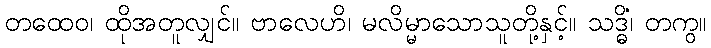
တထေဝ၊ ထိုအတူလျှင်။ ဗာလေဟိ၊ မလိမ္မာသောသူတို့နှင့်။ သဒ္ဓိံ၊ တကွ။